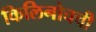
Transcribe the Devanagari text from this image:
किलिनोचची